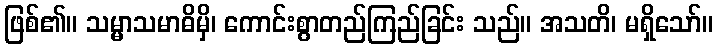
ဖြစ်၏။ သမ္မာသမာဓိမှိ၊ ကောင်းစွာတည်ကြည်ခြင်း သည်။ အသတိ၊ မရှိသော်။